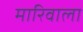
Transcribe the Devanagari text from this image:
मारिवाला